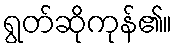
ရွတ်ဆိုကုန်၏။